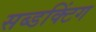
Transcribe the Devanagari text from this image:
सब्डक्टिंग